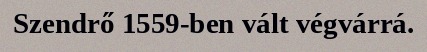
Szendrő 1559-ben vált végvárrá.